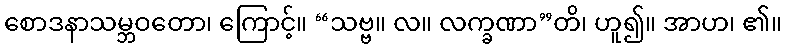
စောဒနာသမ္ဘဝတော၊ ကြောင့်။ “သဗ္ဗ။ လ။ လက္ခဏာ”တိ၊ ဟူ၍။ အာဟ၊ ၏။